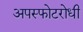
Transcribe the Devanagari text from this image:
अपस्फोटरोधी